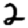
Digit: 2